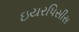
ઇયરપિસીસ